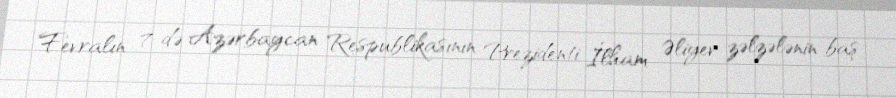
Fevralın 7-də Azərbaycan Respublikasının Prezidenti İlham Əliyev zəlzələnin baş